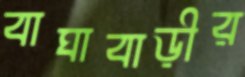
বাঘাবাড়ীর